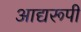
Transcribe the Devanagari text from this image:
आद्यरूपी